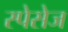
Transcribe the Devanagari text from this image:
स्पेसेज